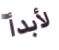
لأبدأ